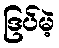
ဒြပ်မဲ့